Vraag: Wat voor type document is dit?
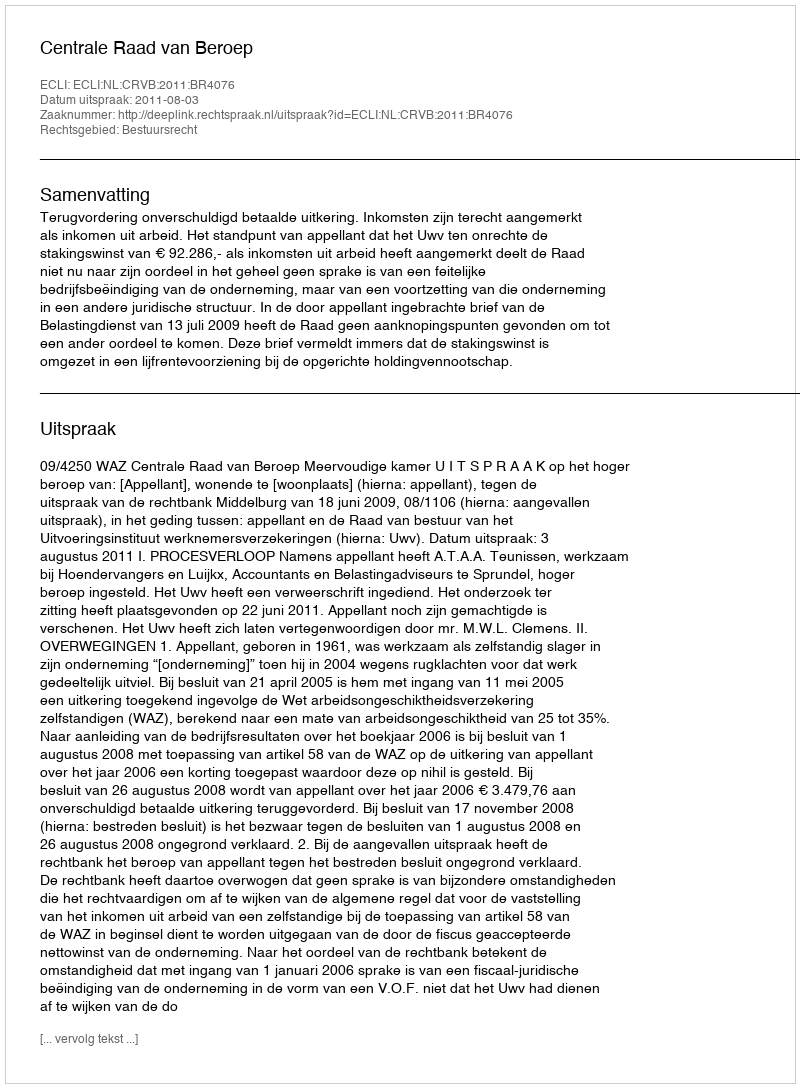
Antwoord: Uitspraak